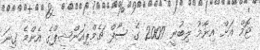
ޓޮމް އަށް އިނާމު ލިބުނީ 2009 ގެ ސާފް ޗެމްޕިއަންޝިޕްގެ އެންމެ ގިނަ